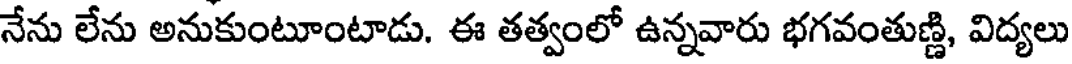
నేను లేను అనుకుంటూంటాడు. ఈ తత్వంలో ఉన్నవారు భగవంతుణ్ణి, విద్యలు